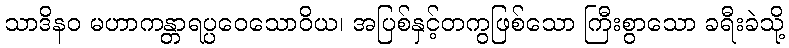
သာဒိနဝ မဟာကန္တာရပ္ပဝေသောဝိယ၊ အပြစ်နှင့်တကွဖြစ်သော ကြီးစွာသော ခရီးခဲသို့